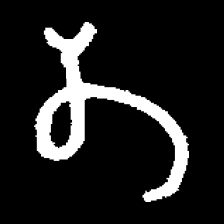
Pyu character \u2014 Myanmar letter: တ (romanized: ta)